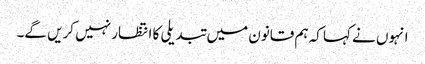
انہوں نے کہا کہ ہم قانون میں تبدیلی کا انتظار نہیں کریں گے۔